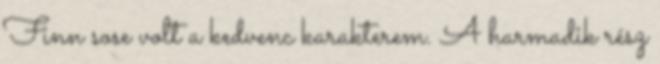
Finn sose volt a kedvenc karakterem. A harmadik rész